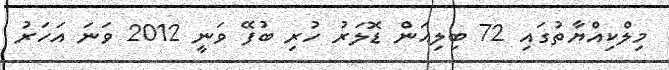
މިލްކިއްޔާތުގައި 72 ބިލިއަން ޑޮލަރު ހުރި ބުފޭ ވަނީ 2012 ވަަނަ އަހަރު